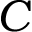
C